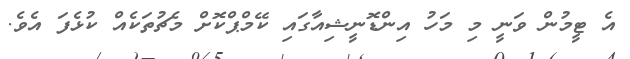
އެ ޓީމުން ވަނީ މި މަހު އިންޑޮނީޝިއާގައި ކޭމްޕްކޮށް މެޗުތަކެއް ކުޅެފަ އެވެ.